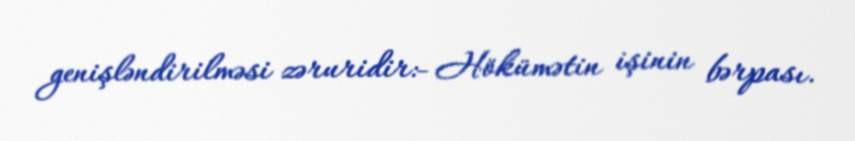
genişləndirilməsi zəruridir:- Hökümətin işinin bərpası.